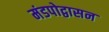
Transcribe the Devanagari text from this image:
मंडपोद्वासन